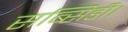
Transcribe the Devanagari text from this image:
सब्सिडी।